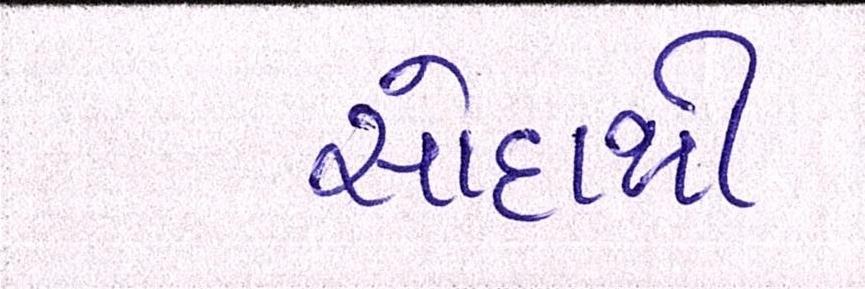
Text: સોદાથી